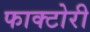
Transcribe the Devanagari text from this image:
फाक्टोरी